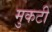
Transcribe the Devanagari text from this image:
मुकटी